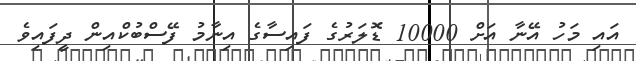
އައި މަހު އޭނާ އަށް 10000 ޑޮލަރުގެ ފައިސާގެ އިނާމު ފޭސްބުކްއިން ދީފައިވެ